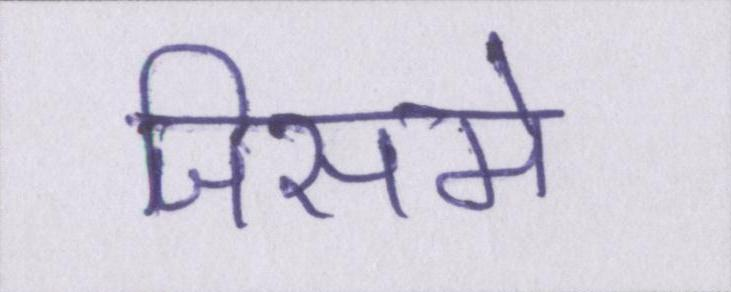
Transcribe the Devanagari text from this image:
जिसमे